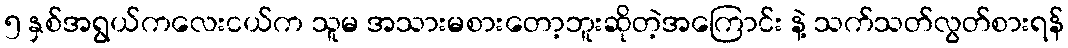
၅ နှစ်အရွယ်ကလေးငယ်က သူမ အသားမစားတော့ဘူးဆိုတဲ့အကြောင်း နဲ့ သက်သတ်လွတ်စားရန်